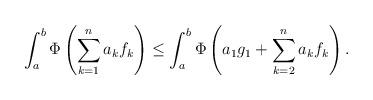
LaTeX: \begin{align*}\int_a^b\Phi\left(\sum_{k=1}^na_kf_k\right)\le \int_a^b\Phi\left(a_1g_1+\sum_{k=2}^na_kf_k\right).\end{align*}